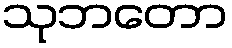
သုဘတော